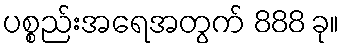
ပစ္စည်းအရေအတွက် 888 ခု။